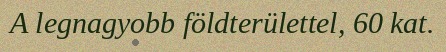
A legnagyobb földterülettel, 60 kat.